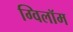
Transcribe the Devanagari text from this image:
ग्विलॉम